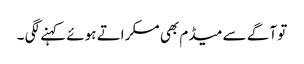
تو آگے سے میڈم بھی مسکراتے ہوئے کہنے لگی ۔